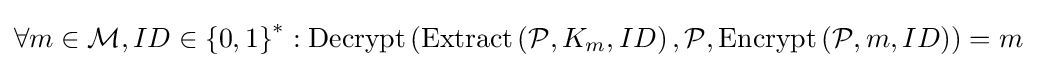
\forall m\in {\mathcal {M}},ID\in \left\{0,1\right\}^{*}:\mathrm {Decrypt} \left(\mathrm {Extract} \left({\mathcal {P}},K_{m},ID\right),{\mathcal {P}},\mathrm {Encrypt} \left({\mathcal {P}},m,ID\right)\right)=m